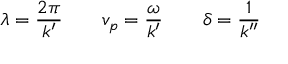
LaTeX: \lambda = { \frac { 2 \pi } { k ^ { \prime } } } \qquad v _ { p } = { \frac { \omega } { k ^ { \prime } } } \qquad \delta = { \frac { 1 } { k ^ { \prime \prime } } }